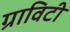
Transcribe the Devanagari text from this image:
ग्राविटी